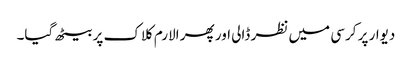
دیوار پر کرسی میں نظر ڈالی اور پھر الارم کلاک پر بیٹھ گیا۔